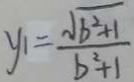
y _ { 1 } = \frac { \sqrt { b ^ { 2 } + 1 } } { b ^ { 2 } + 1 }